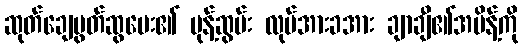
ဆုတ်ချေပွတ်ဆွပေး၏ မုန့်ဆွမ်း လုပ်အားခအား ချာချီ၏အမိန့်ကို